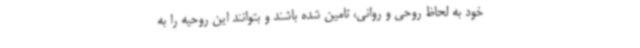
خود به لحاظ روحی و روانی، تامین شده باشند و بتوانند این روحیه را به